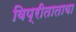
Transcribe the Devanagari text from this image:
विप्रीताताया